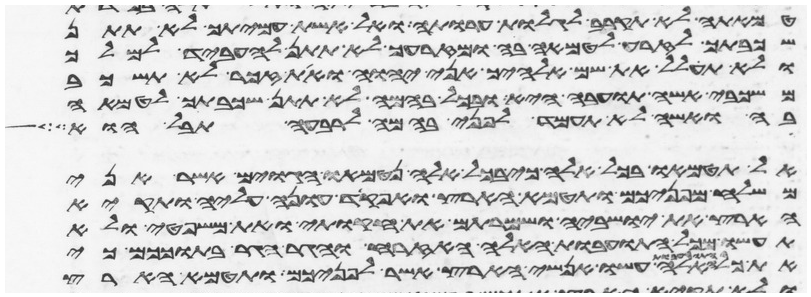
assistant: טמאתה לא תקרב לגלות ערותה ואל אשת עמיתך לא תתן
שכבתך לזרע לטמאה בה ומזרעך לא תתן להעביד למלך
ולא תחלל את שם אלהיך אני יהוה ואת זכר לא תשכב
משכבי אשה תועבה היא ובכל בהמה לא תתן שכבתך לטמאה
בה ואשה לא תעמד לפני בהמה לרבעה תבל הוא
אל תטמאו בכל אלה כי בכל אלה נטמאו הגוים אשר אני
משלח מפניכם ותטמא הארץ ואפקד עונה עליה ותקיא
הארץ את ישביה ושמרתם את חקותי ואת משפטי ולא
תעשו מכל התועבות האלה האזרח והגר הגר בתוככם כי
האלה עשו אנשי הארץ אשר לפניכם ותטמא הארץ